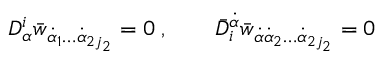
D _ { \alpha } ^ { i } \bar { w } _ { \dot { \alpha } _ { 1 } \ldots \dot { \alpha } _ { 2 j _ { 2 } } } = 0 \; , \qquad \bar { D } _ { i } ^ { \dot { \alpha } } \bar { w } _ { \dot { \alpha } \dot { \alpha } _ { 2 } \ldots \dot { \alpha } _ { 2 j _ { 2 } } } = 0